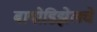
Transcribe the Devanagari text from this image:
बायोडिझेलचे